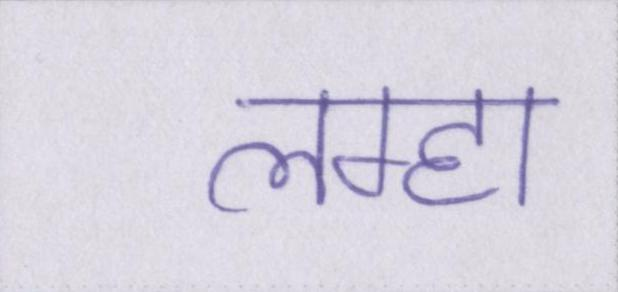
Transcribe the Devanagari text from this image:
लम्हा